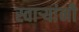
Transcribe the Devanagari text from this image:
स्वार्‍यांनी